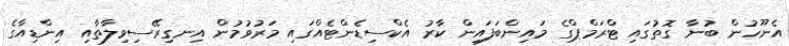
އެނޫހުން ބުނާ ގޮތުގައި ޓްރަމްޕްގެ މައިންބަފައިން ކާރު އެކްސިޑެންޓެއްގައި މަރުވުމުން އިނގިރޭސިވިލާތާއި އިންޑިއާގެ